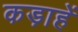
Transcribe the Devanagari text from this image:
कड़ाहें